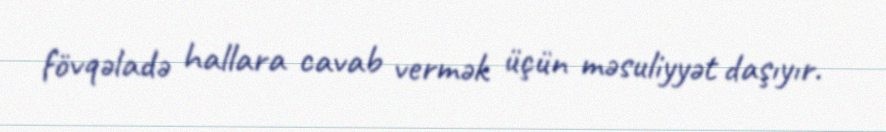
fövqəladə hallara cavab vermək üçün məsuliyyət daşıyır.